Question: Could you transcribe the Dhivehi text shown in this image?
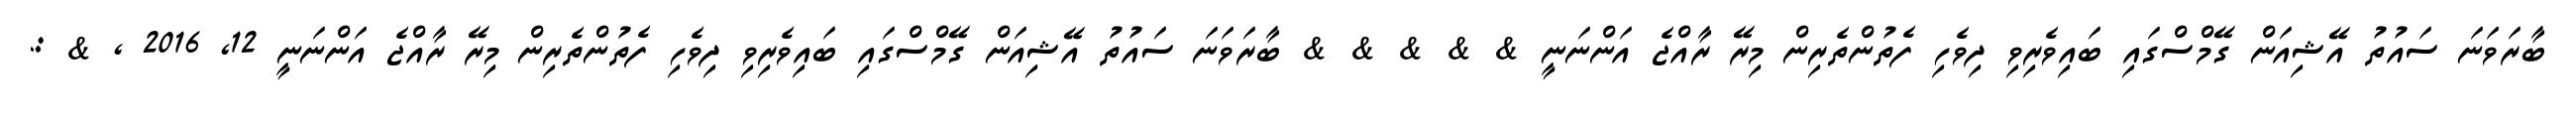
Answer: ބާރަވަނަ ސައުތު އޭޝިއަން ގޭމްސްގައި ބައިވެރިވި ދިވެހި ފެތުންތެރިން މިރޭ ރާއްޖެ އަންނަނީ & & & & & ބާރަވަނަ ސައުތު އޭޝިއަން ގޭމްސްގައި ބައިވެރިވި ދިވެހި ފެތުންތެރިން މިރޭ ރާއްޖެ އަންނަނީ 12, 2016 , & :.